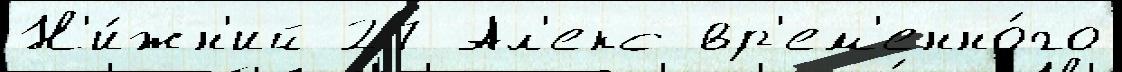
Н'и́жн'ий 27 Ал'екс вр'ем'енно́го